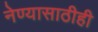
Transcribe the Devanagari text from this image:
नेण्यासाठीही